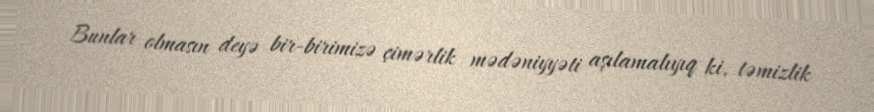
Bunlar olmasın deyə bir-birimizə çimərlik mədəniyyəti aşılamalıyıq ki, təmizlik